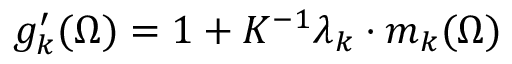
g _ { k } ^ { \prime } ( \Omega ) = 1 + K ^ { - 1 } \boldsymbol { \lambda } _ { k } \cdot \boldsymbol { m } _ { k } ( \Omega )